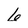
Character: 6